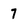
Character: 7